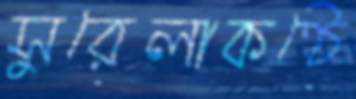
সুরেলাকণ্ঠে